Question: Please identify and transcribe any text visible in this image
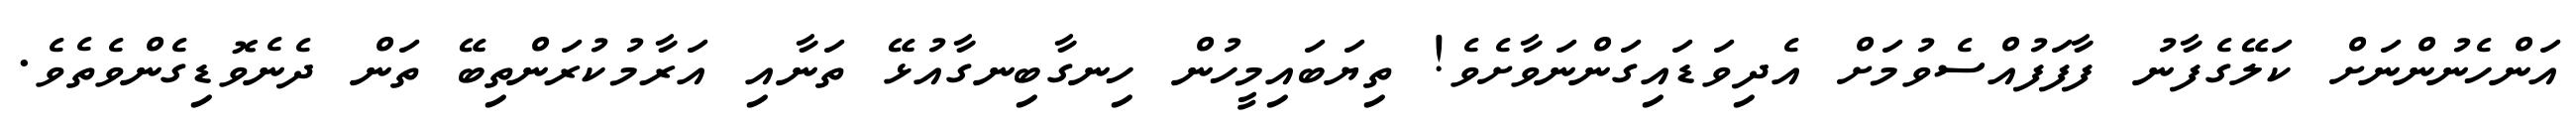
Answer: އަންހެނުންނަށް ކަލޭގެފާނު ފާފަފުއްސެވުމަށް އެދިވަޑައިގަންނަވާށެވެ! ތިޔަބައިމީހުން ހިނގާބިނގާއުޅޭ ތަނާއި އަރާމުކުރަންތިބޭ ތަން ދެނެވޮޑިގެންވެތެވެ.